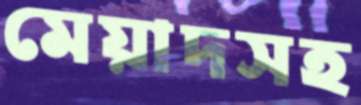
মেয়াদসহ